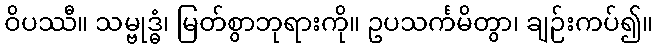
ဝိပဿီ။ သမ္ဗုဒ္ဓံ၊ မြတ်စွာဘုရားကို။ ဥပသင်္ကမိတွာ၊ ချဉ်းကပ်၍။